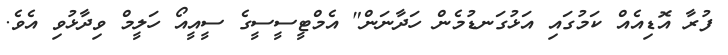
ފުރާ އޮޑިއެއް ކަމުގައި އަޅުގަނޑުމެން ހަދާނަން" އެމްޓީސީސީގެ ސީއީއޯ ހަލީމް ވިދާޅުވި އެވެ.